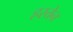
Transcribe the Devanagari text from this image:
हस्तेन